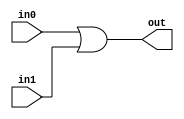
module coreir_or #(
    parameter width = 1
) (
    input [width-1:0] in0,
    input [width-1:0] in1,
    output [width-1:0] out
);
  assign out = in0 | in1;
endmodule

module or2_wrapped (
    input [1:0] I0,
    input [1:0] I1,
    output [1:0] O
);
wire [1:0] or2_inst0_out;
coreir_or #(
    .width(2)
) or2_inst0 (
    .in0(I0),
    .in1(I1),
    .out(or2_inst0_out)
);
assign O = or2_inst0_out;
endmodule